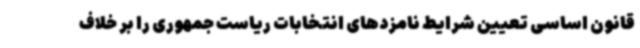
قانون اساسی تعیین شرایط نامزدهای انتخابات ریاست جمهوری را بر خلاف